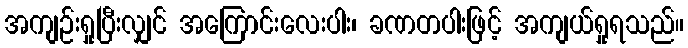
အကျဉ်းရှုပြီးလျှင် အကြောင်းလေးပါး၊ ခဏတပါးဖြင့် အကျယ်ရှုရသည်။